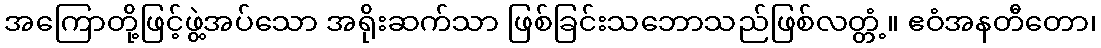
အကြောတို့ဖြင့်ဖွဲ့အပ်သော အရိုးဆက်သာ ဖြစ်ခြင်းသဘောသည်ဖြစ်လတ္တံ့။ ဧဝံအနတီတော၊